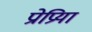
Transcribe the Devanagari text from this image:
प्रोप्रिया